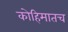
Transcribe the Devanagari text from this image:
कोहिमातच